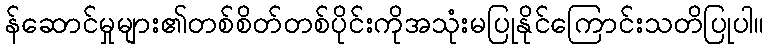
န်ဆောင်မှုများ၏တစ်စိတ်တစ်ပိုင်းကိုအသုံးမပြုနိုင်ကြောင်းသတိပြုပါ။